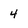
Character: 4